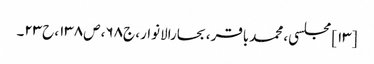
[۱۳] مجلسی، محمدباقر، بحارالانوار، ج۶۸، ص۱۳۸، ح۲۳۔